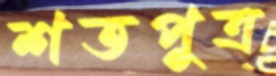
শতপুত্র